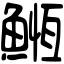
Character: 䱭